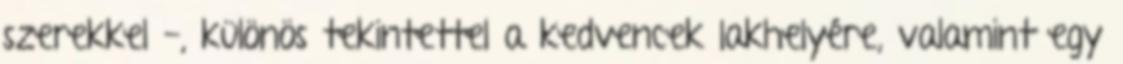
szerekkel -, különös tekintettel a kedvencek lakhelyére, valamint egy